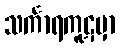
သင်္ကာရကူဋမှာ